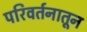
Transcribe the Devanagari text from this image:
परिवर्तनातून